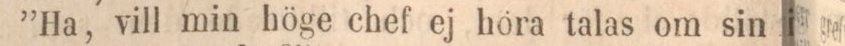
”Ha, vill min höge chef ej hora talas om sin